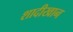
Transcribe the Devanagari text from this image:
शादीखान